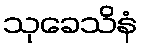
သုခေသိနံ